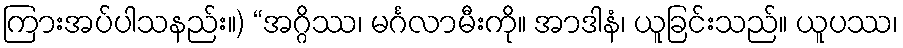
ကြားအပ်ပါသနည်း။) “အဂ္ဂိဿ၊ မင်္ဂလာမီးကို။ အာဒါနံ၊ ယူခြင်းသည်။ ယူပဿ၊